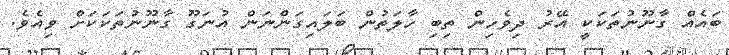
ބައެއް ގާނޫނުތަކަކީ އޭރު ދިވެހިން ތިބި ހާލަތުން ބަލައިގަންނަން އުނަގޫ ގާނޫނުތަކަކަށް ވިއެވެ.